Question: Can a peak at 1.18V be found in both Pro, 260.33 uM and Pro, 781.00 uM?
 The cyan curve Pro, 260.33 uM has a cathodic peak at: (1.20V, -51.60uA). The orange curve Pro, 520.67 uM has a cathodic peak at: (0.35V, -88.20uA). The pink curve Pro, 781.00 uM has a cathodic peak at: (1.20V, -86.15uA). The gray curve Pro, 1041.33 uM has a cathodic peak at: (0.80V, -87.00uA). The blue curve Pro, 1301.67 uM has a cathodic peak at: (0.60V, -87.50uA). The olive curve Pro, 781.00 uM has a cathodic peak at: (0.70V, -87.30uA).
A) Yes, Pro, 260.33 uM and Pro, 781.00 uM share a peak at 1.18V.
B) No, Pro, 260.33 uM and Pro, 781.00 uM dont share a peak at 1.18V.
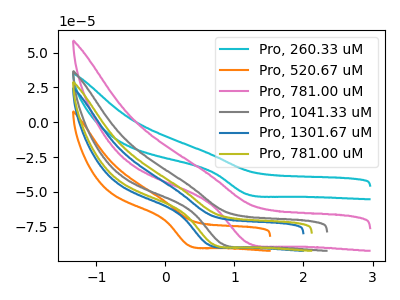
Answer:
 <answer>A) Yes, "Pro, 260.33 uM" and "Pro, 781.00 uM" share a peak at 1.18V.</answer>
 <eval>A</eval>